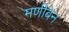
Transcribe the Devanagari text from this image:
मणीबेन